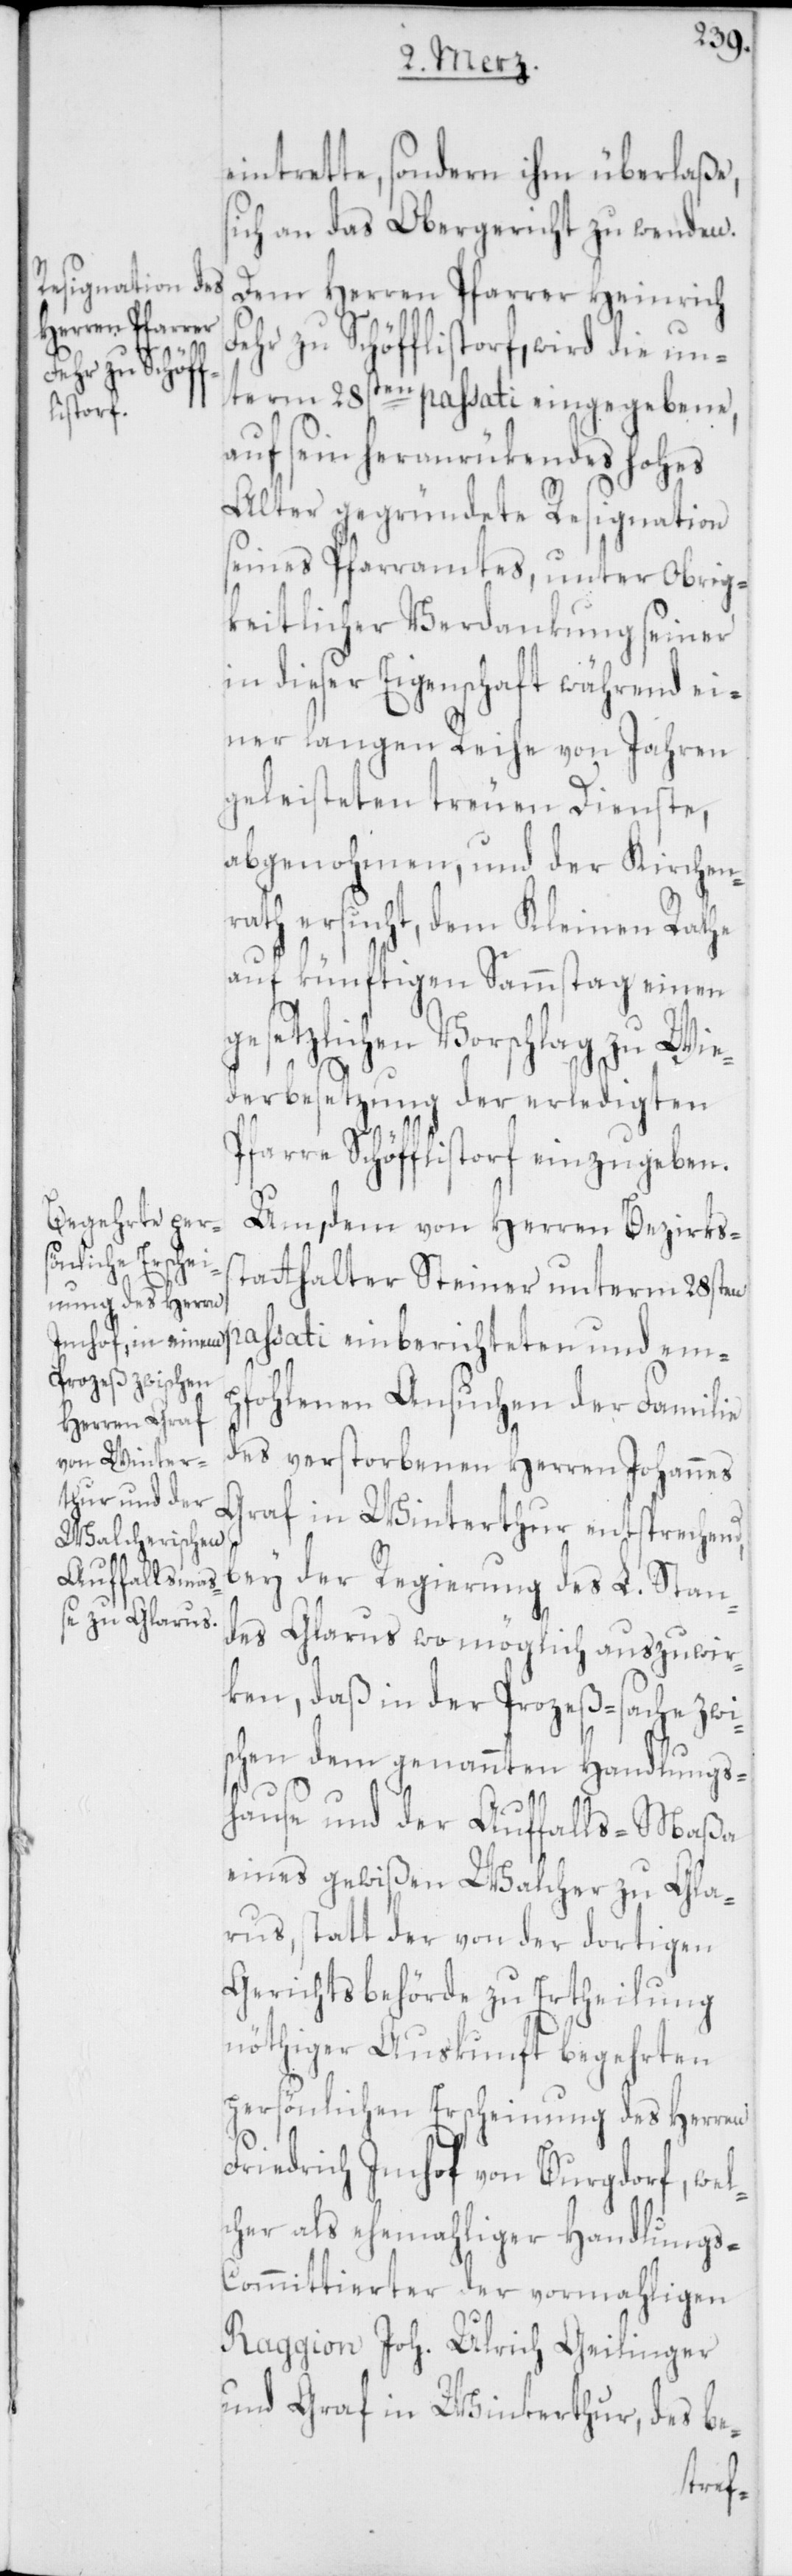
eintrette, sondern ihm überlaße,
ich an das Obergericht zu wenden.
Dem Herren Pfarrer Heinrich
wird die un¬
term 28sten passati eingegebene,
listorf,
auf sein heranrückendes hohes
Alter gegründete Resignation
seines Pfarramtes, unter obrig¬
keitlicher Verdankung seiner
in dieser Eigenschaft während ei¬
ner langen Reihe von Jahren
geleisteten treuen Dienste,
abgenohmen, und der Kirchen¬
rath ersucht, dem Kleinen Rathe
auf künftigen Sammstag einen
gesetzlichen Vorschlag zu Wie¬
derbesetzung der erledigten
Pfarre Schöfflistorf einzugeben.
Um, dem von Herren Bezirkss¬
tatthalter Steiner unterm 28sten
passati einberichteten und em¬
pfohlenen Ansuchen der Familie
des verstorbenen Herren Johannes
Graf in Winterthur entsprechend,
bey der Regierung des L. Stan¬
des Glarus womöglich auszuwir¬
ken, daß in der Prozeß-Sache zwi¬
schen dem genannten Handlungs¬
hause und der Auffalls-Maßa
eines gewißen Walcher zu Gla¬
rus, statt der von der dortigen
Gerichtsbehörde zu Ertheilung
nöthiger Auskunft begehrten
persönlichen Erscheinung des Herren
Friedrich Imhof von Burgdorf, wel¬
cher als ehemahliger Handlungs-C¬
ommittierter der vormahligen
Raggion Joh. Ulrich Geilinger
und Graf in Winterthur, des be-
s¬